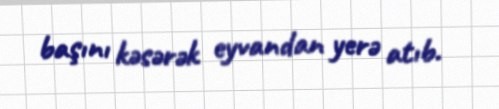
başını kəsərək eyvandan yerə atıb.